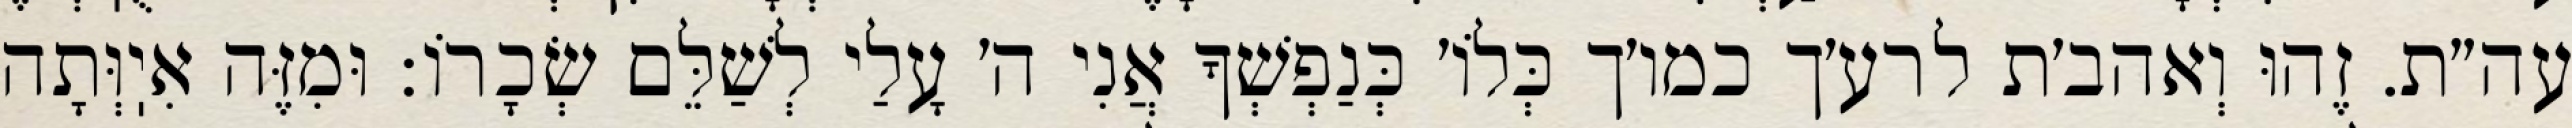
עה״ת. זֶהוּ וְאהב׳ת לרע׳ך כמו׳ך כְּלוֹ׳ כְּנַפְשְׁךָ אֲנִי ה׳ עָלַי לְשַׁלֵּם שְׂכָרוֹ: וּמִזֶּה אִיֽוְּתָה